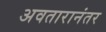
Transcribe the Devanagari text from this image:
अवतारानंतर